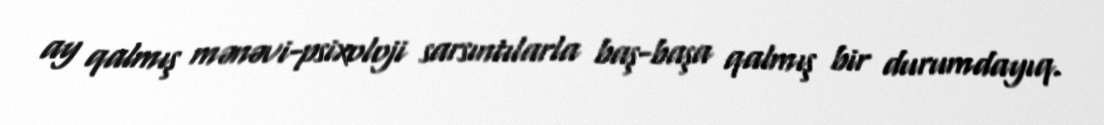
ay qalmış mənəvi-psixoloji sarsıntılarla baş-başa qalmış bir durumdayıq.